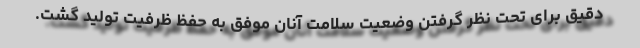
دقیق برای تحت نظر گرفتن وضعیت سلامت آنان موفق به حفظ ظرفیت تولید گشت.